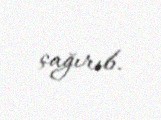
çağırıb.